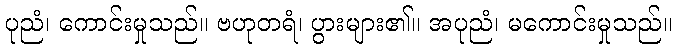
ပုညံ၊ ကောင်းမှုသည်။ ဗဟုတရံ၊ ပွားများ၏။ အပုညံ၊ မကောင်းမှုသည်။